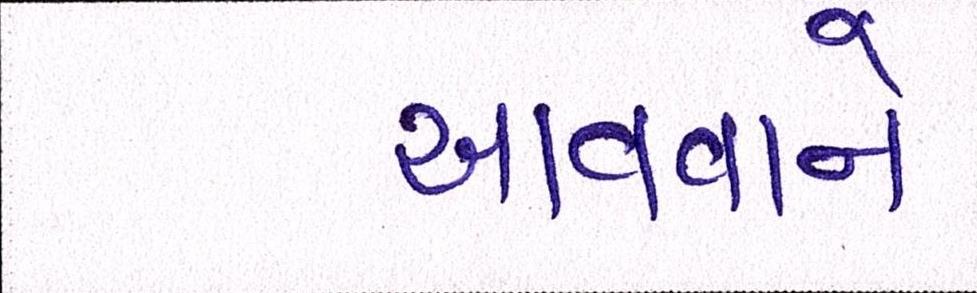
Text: આવવાને